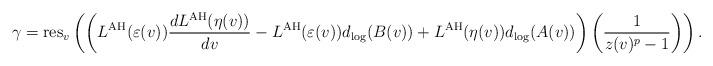
LaTeX: \begin{align*} \gamma = \mathrm{res}_v\left(\left(L^\mathrm{AH}(\varepsilon(v))\frac{d L^{\mathrm{AH}}(\eta(v))}{dv} - L^{\mathrm{AH}}(\varepsilon(v))d_{\mathrm{log}}(B(v)) + L^{\mathrm{AH}}(\eta(v)) d_{\mathrm{log}}(A(v))\right)\left(\frac{1}{z(v)^p-1}\right)\right).\end{align*}